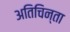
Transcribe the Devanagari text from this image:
अतिचिन्ता